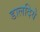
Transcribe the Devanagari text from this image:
डालदिये